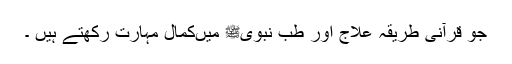
جو قرآنی طریقہ علاج اور طب نبویﷺ میںکمال مہارت رکھتے ہیں ۔